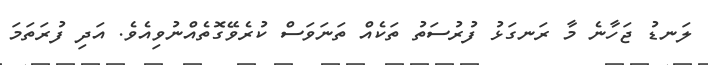
ލަނޑު ޖަހާނެ މާ ރަނގަޅު ފުރުސަތު ތަކެއް ތަނަވަސް ކުރެވޭގޮތެއްނުވިއެވެ. އަދި ފުރަތަމަ